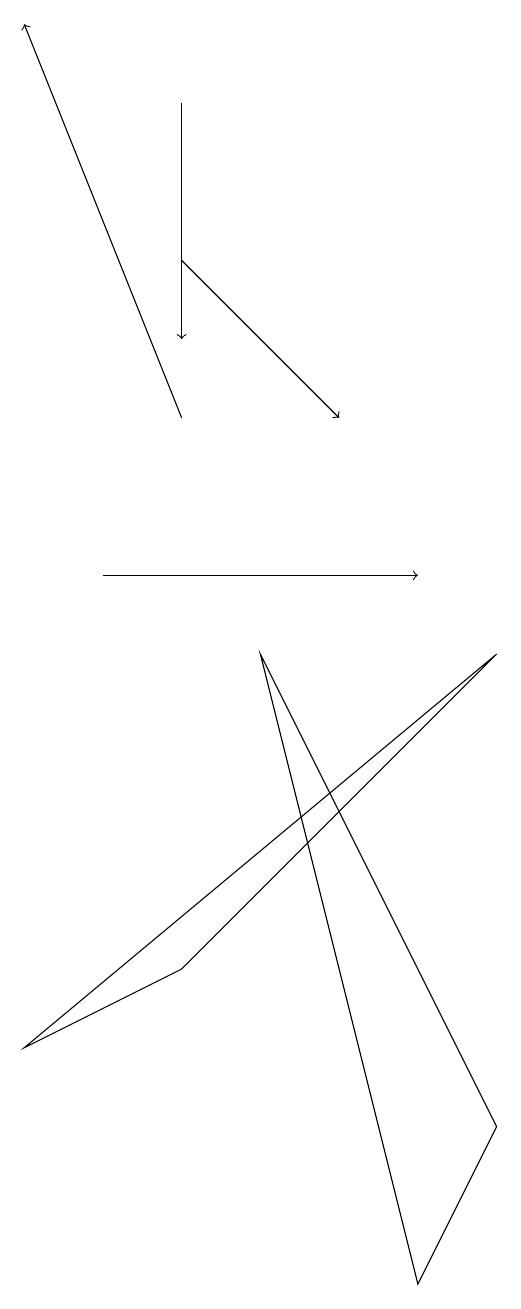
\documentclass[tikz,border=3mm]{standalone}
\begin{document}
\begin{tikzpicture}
\draw[->] (2,12) -- (0,17);
\draw[->] (1,10) -- (5,10);
\draw[->] (2,16) -- (2,13);
\draw[->] (2,14) -- (4,12);
\draw (6,3) -- (5,1) -- (3,9) -- cycle;
\draw (0,4) -- (2,5) -- (6,9) -- cycle;
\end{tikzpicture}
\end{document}